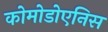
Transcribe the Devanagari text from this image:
कोमोडोएनिस